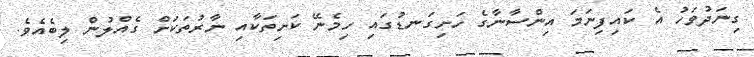
ގިނަދުވަހު އެ ކައިފިނަމަ އިންސާނާގެ ހަށިގަނޑުގައި ހިމެނޭ ކަށިތަކާއި ނާރުތަކަށް ގެއްލުން ލިބެއެވެ.